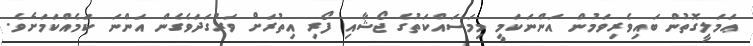
ޢަމަލީގޮތުން ބައިވެރިވަމުން އަންނަކަމީ މިމަސައްކަތުގެ ޖޯޝާއި ފޯރި އިތުރަށް ވަރުގަދަވެގެން އަންނަ ކަމެއްކަމަށެވެ.